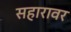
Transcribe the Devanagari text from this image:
सहारावर